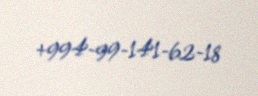
+994-99-141-62-18